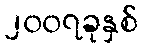
၂၀၀၇ခုနှစ်